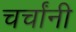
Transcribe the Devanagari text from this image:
चर्चांनी